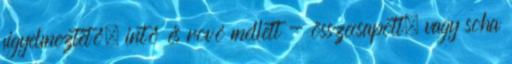
figyelmeztető, intő és rovó mellett - összecsapott, vagy soha